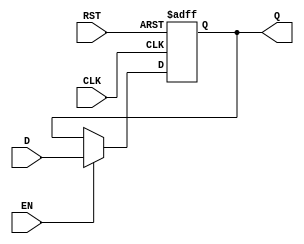
module InputRegister (
    input wire D,         // Data Input
    input wire CLK,       // Clock Input
    input wire RST,       // Reset Input
    input wire EN,        // Clock Enable (optional)
    output reg Q          // Data Output
);

    // Asynchronous Reset and synchronous capture on clock edge
    always @(posedge CLK or posedge RST) begin
        if (RST) begin
            Q <= 1'b0;    // Clear output to 0 on reset
        end else if (EN) begin
            Q <= D;       // Capture data on clock edge if enabled
        end
    end

endmodule